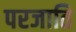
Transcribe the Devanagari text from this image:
परजाति